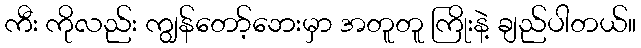
ကီး ကိုလည်း ကျွန်တော့်ဘေးမှာ အတူတူ ကြိုးနဲ့ ချည်ပါတယ်။